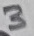
Text: 3